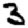
Digit: 3